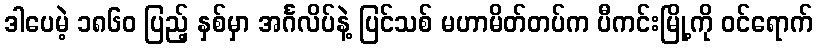
ဒါပေမဲ့ ၁၈၆၀ ပြည့် နှစ်မှာ အင်္ဂလိပ်နဲ့ ပြင်သစ် မဟာမိတ်တပ်က ပီကင်းမြို့ကို ဝင်ရောက်